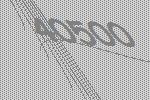
40500